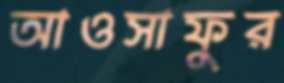
আওসাফুর